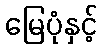
မြေပုံနှင့်